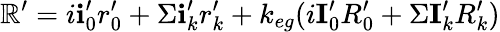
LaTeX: \mathbb{R}^{\prime}=i\textbf{i}_{0}^{\prime}r_{0}^{\prime}+\Sigma\textbf{i}_{k}^{\prime}r_{k}^{\prime}+k_{eg}(i\textbf{I}_{0}^{\prime}R_{0}^{\prime}+\Sigma\textbf{I}_{k}^{\prime}R_{k}^{\prime})